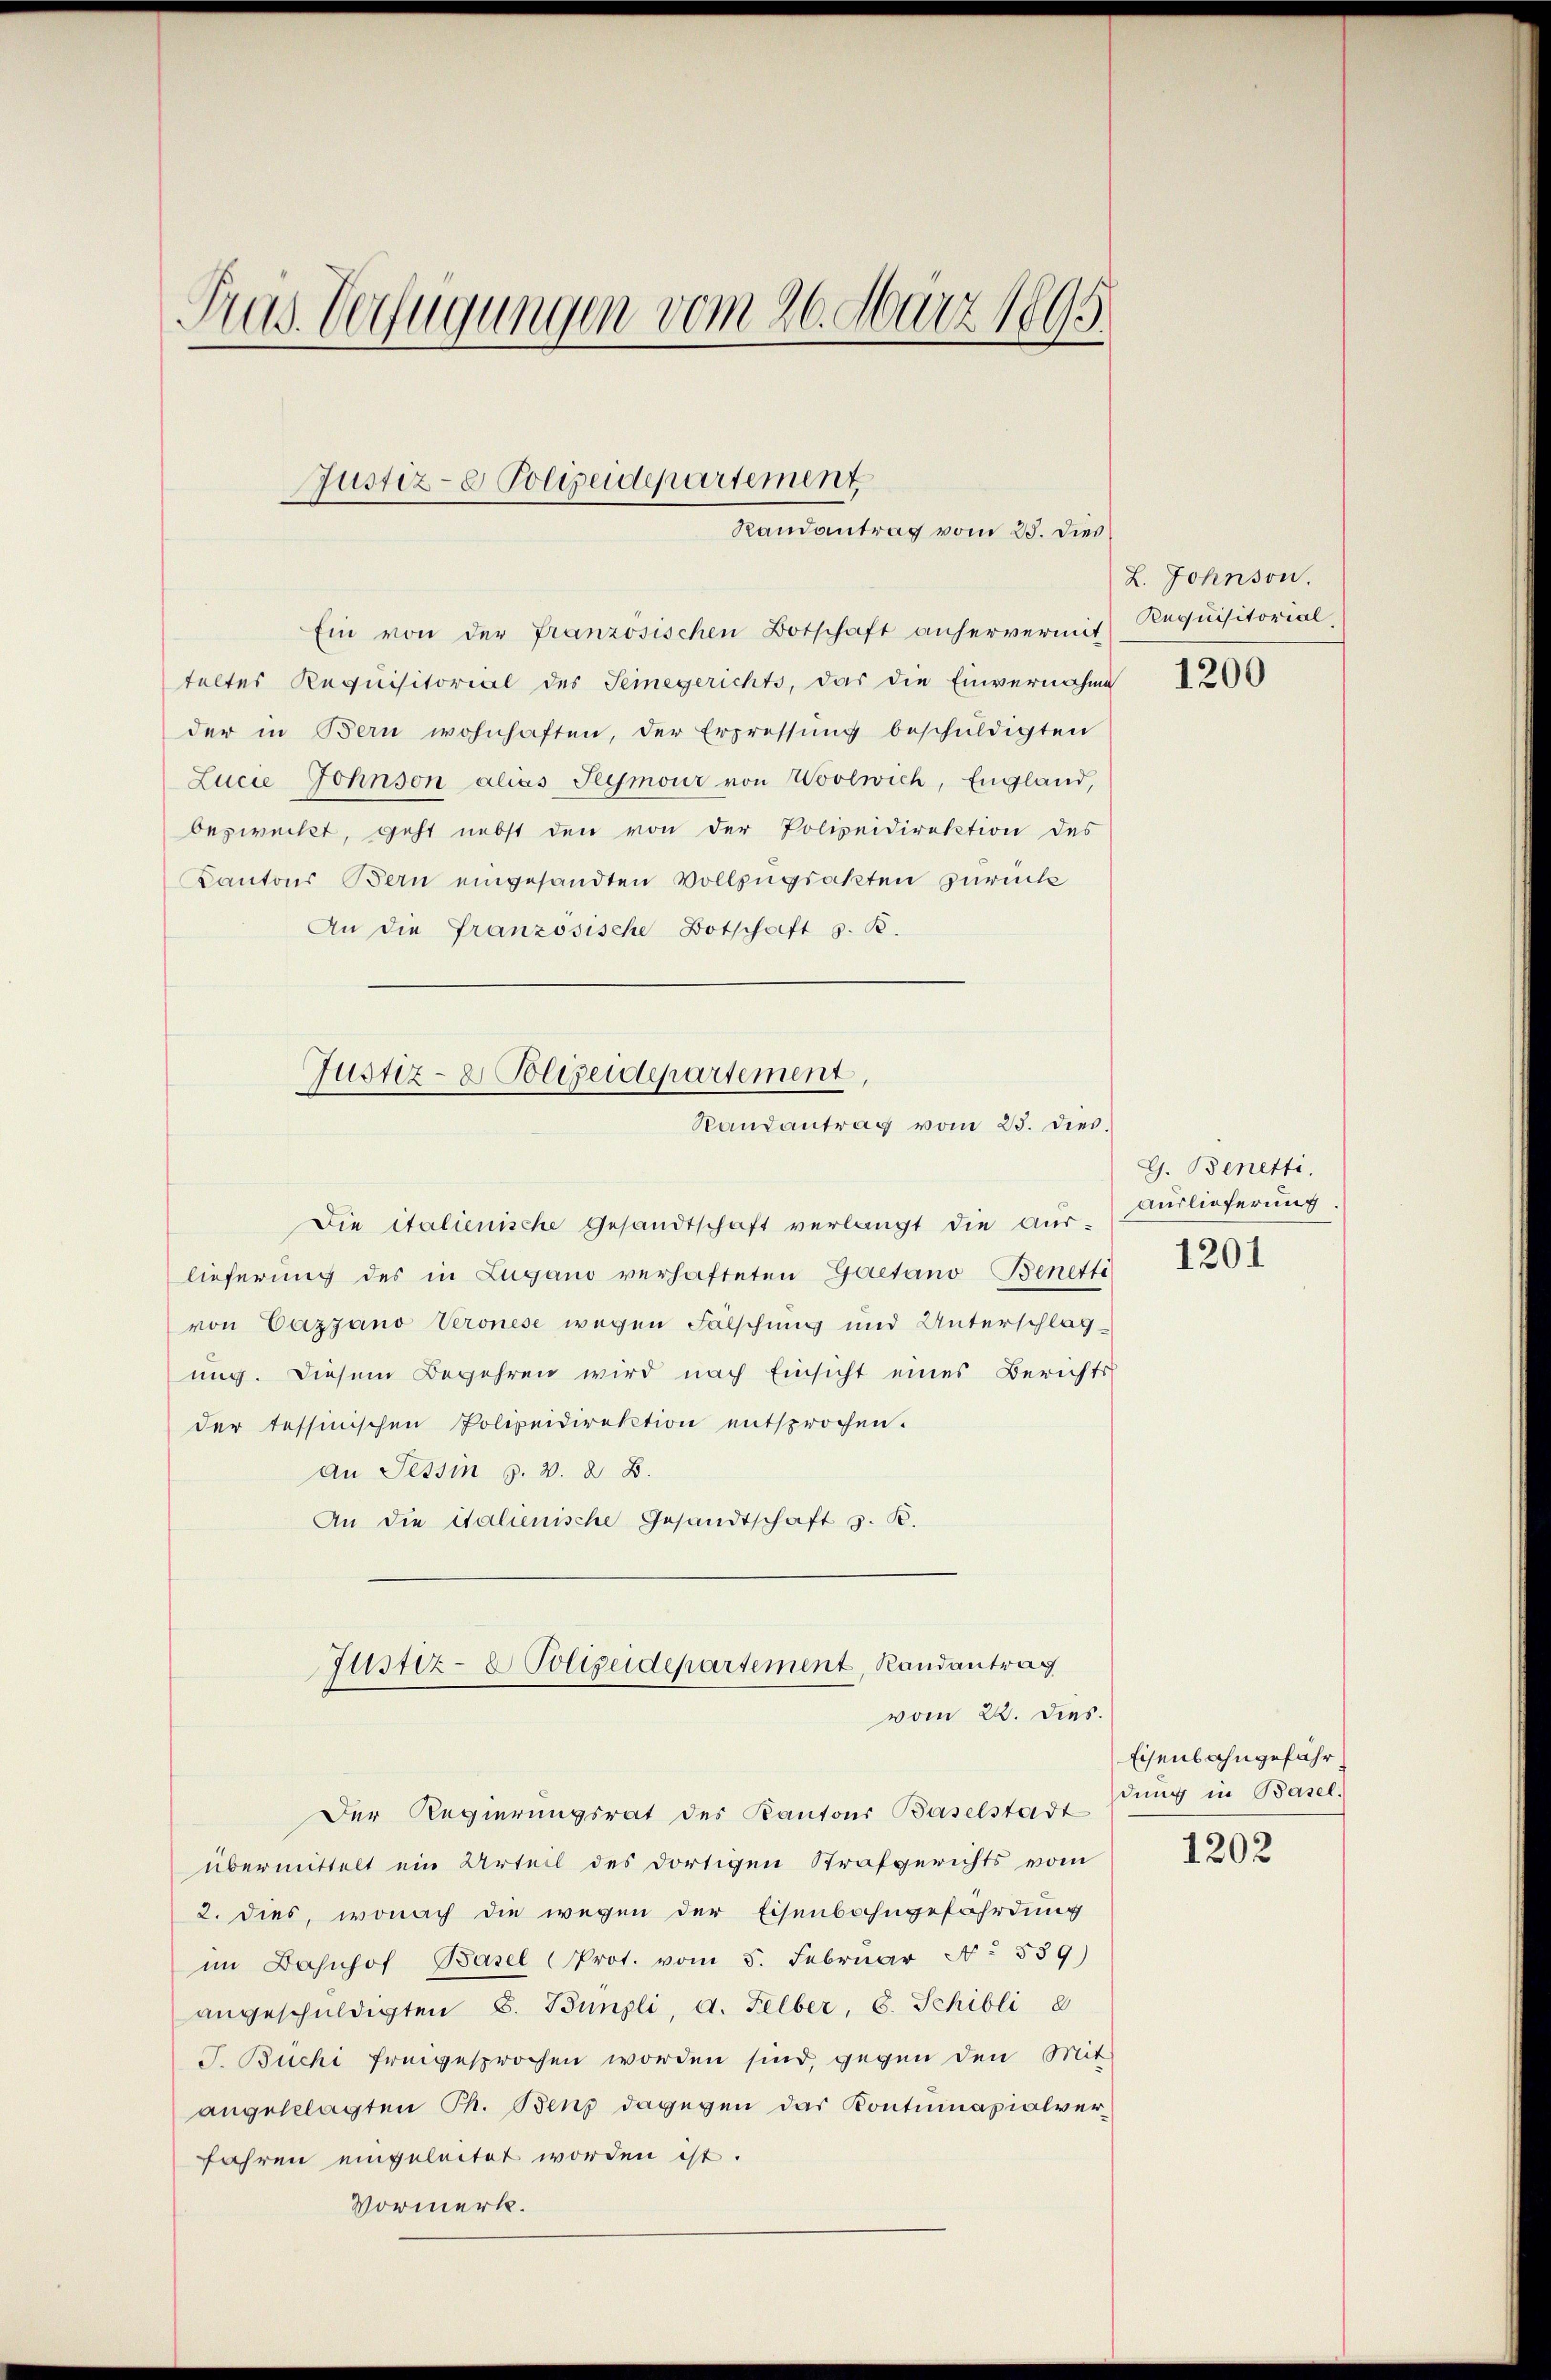
Pras. Verfügungen vom 26. März 1895.

Ein von der französischen Botschaft anhervermit Requisitorialteltes Requisitorial des Seinegerichts, das die Einvernahme
der in Bern wohnhaften, der Erpressŭng beschŭldigten
Lucie Johnson alias Seemoir von Woolwich, England,
bezweckt, geht nebst den von der Polizeidirektion des
Kantons Bern eingesandten Vollzugsakten zurück
An die Französische Botschaft z. B.

Justiz- & Polizeidepartement
Randantrag vom 25. Dies

Justiz- & Polizeidepartement,
Randantrag vom 25. dies

Die italienische Gesandtschaft verlangt die Aus-
lieferung des in Lugano verhafteten Gaetano Benetti
von Cazzano Veronese wegen Fälschung und Unterschlag
ung. Diesem Begehren wird nach Einsicht eines Berichts
der tessinischen Polizeidirektion entsprochen.
an Tessin s. v. 8. B.
An die Italienische Gesandtschaft s. R.

Justiz- & Polizeidepartement, Randantrag
vom 22. dies.

Der Regierungsrat des Kantons Baselstadtung in Basel.
übermittelt ein Urteil des dortigen Strafgerichts vom
2. dies, wonach die wegen der Eisenbahngefährdung
im Jahnhof Basel (Prot. vom 5. Februar A. 539)
angeschuldigten S. Bünzli, d. Felber, 6. Schibli 8
J. Buchi freigesprochen worden sind, gegen den Mit
angeklagten Th. Benz dagegen das Kontumazialverfahren eingeleitet worden ist.
Vormerk.

L. Johnson.

1200

G. Benetti,
Auslieferung
1201

Eisenbahngefähr

1202